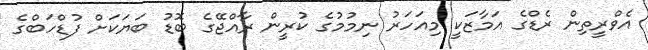
އެވްރީތިން ރެޑްގެ އަމާޒަކީ މިއަހަރު ނިމުމުގެ ކުރީން ރާއްޖޭގެ ބޮޑު ބަޔަކަށް ފުޑްހަބްގެ